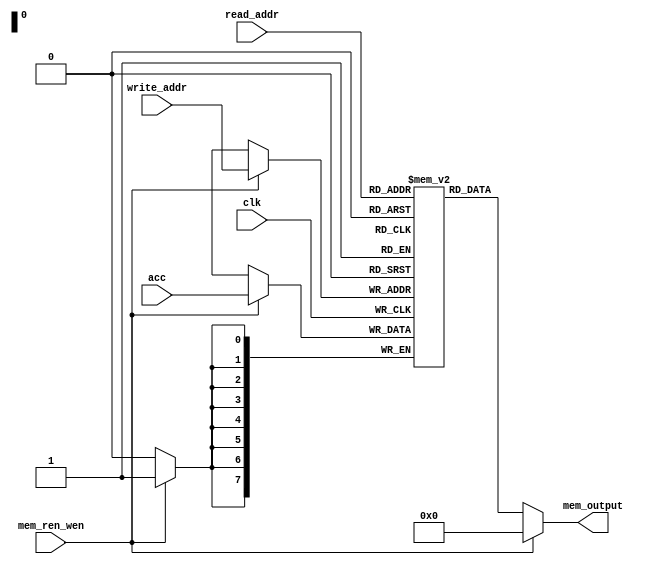
module data_memory(clk,read_addr,write_addr,acc,mem_ren_wen,mem_output);  
   
input     clk; 
input     [7:0]  read_addr,write_addr;   //they could have been merged 
input     [7:0]acc;
  
input     mem_ren_wen;                  //mem_ren  read= 0 /write = 1 enable pin 
output    [7:0] mem_output; 
  
integer i=0;  

reg [7:0] data_mem [255:0];  


initial begin                            //memory initialised
	  for(i=0;i<256;i=i+1)  
			 data_mem[i] <= 8'b0;  
end  
	
      always @(posedge clk) begin  
           if (mem_ren_wen)              //under mem_ren_wen = 1 write
                data_mem[write_addr] <= acc;  
      end  
assign mem_output = (mem_ren_wen==1'b0) ? data_mem[read_addr]: 8'b0; 
		
 endmodule